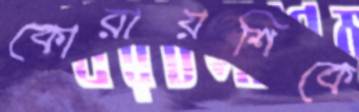
কোরায়শিকে